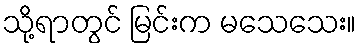
သို့ရာတွင် မြင်းက မသေသေး။